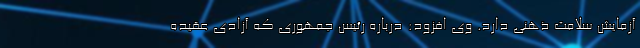
آزمایش سلامت ذهنی دارد. وی افزود: درباره رئیس‌ جمهوری که آزادی عقیده